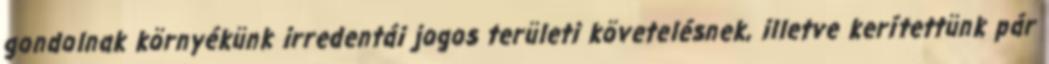
gondolnak környékünk irredentái jogos területi követelésnek, illetve kerítettünk pár